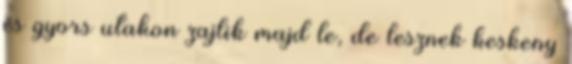
és gyors utakon zajlik majd le, de lesznek keskeny